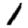
Digit: 1